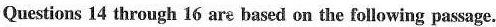
Questions 14 through 16 are based on the following passage.